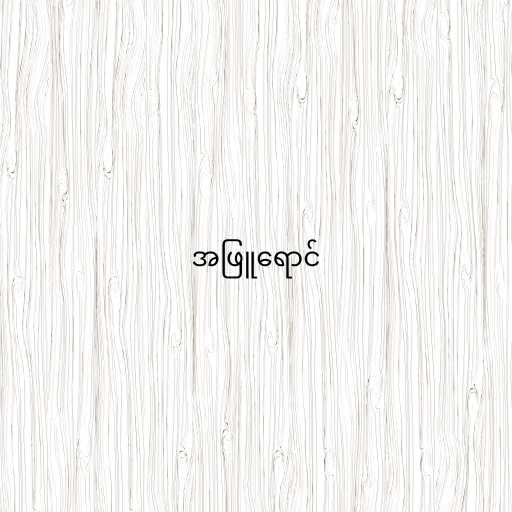
အဖြူရောင်